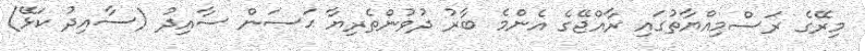
މިރޭގެ ރަސްމިއްޔާތުގައި ރާއްޖޭގެ އެންމެ ބާރު ދުވުންތެރިޔާ ޙަސަން ސާއިދު (ސާއިދު ކަޅޭ)